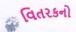
વિતરકનો